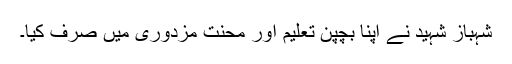
شہباز شہید نے اپنا بچپن تعلیم اور محنت مزدوری میں صرف کیا۔